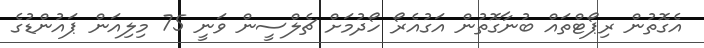
އެގޮތުން ރިޕޯޓްތައް ބުނާގޮތުން އަގުއެރޯ ހޯދުމަށް ޗެލްސީން ވަނީ 75 މިލިއަން ޕައުންޑުގެ